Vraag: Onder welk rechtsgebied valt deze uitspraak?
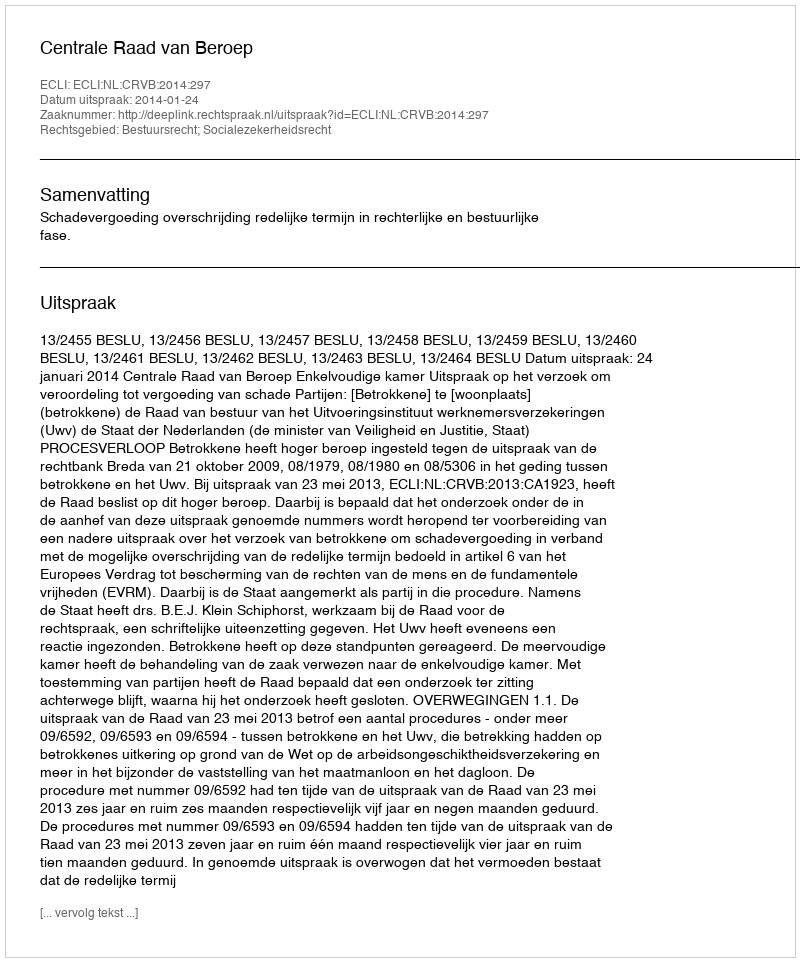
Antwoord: Bestuursrecht; Socialezekerheidsrecht